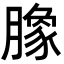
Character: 𭩈